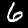
Label: 6